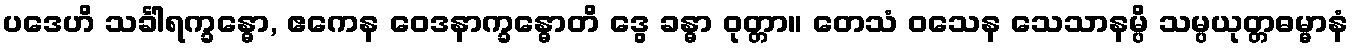
ပဒေဟိ သင်္ခါရက္ခန္ဓော, ဧကေန ဝေဒနာက္ခန္ဓောတိ ဒွေ ခန္ဓာ ဝုတ္တာ။ တေသံ ဝသေန သေသာနမ္ပိ သမ္ပယုတ္တဓမ္မာနံ